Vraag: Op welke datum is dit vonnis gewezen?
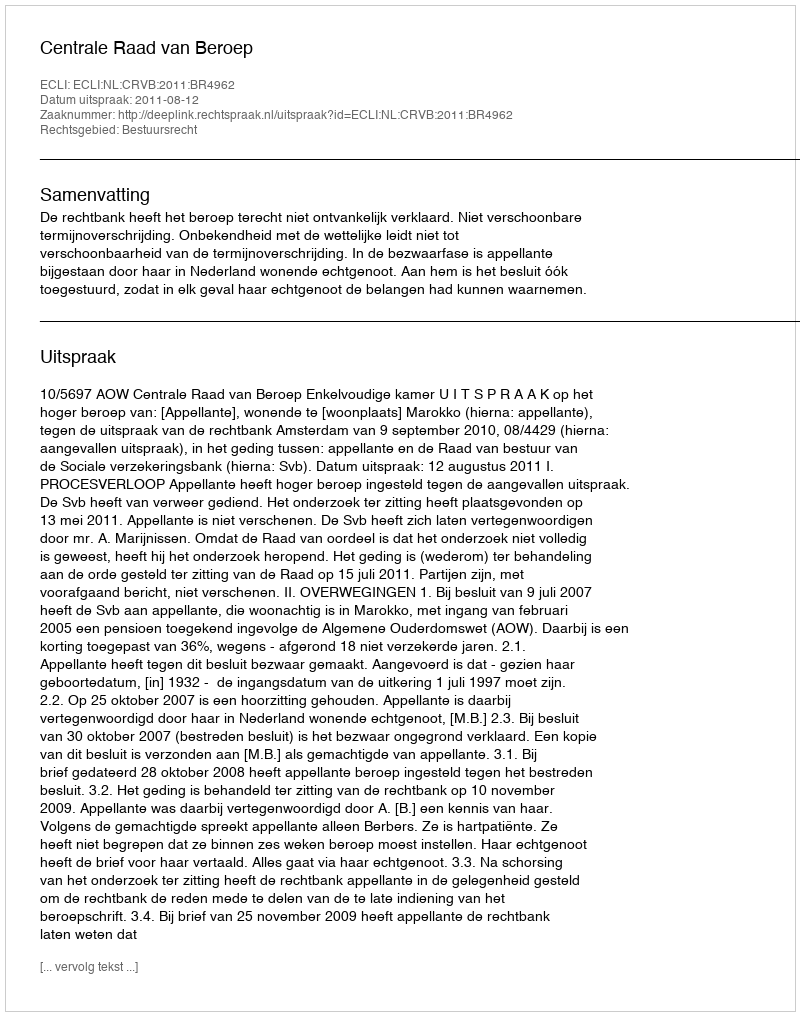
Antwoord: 2011-08-12